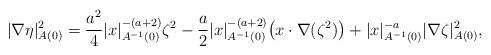
LaTeX: \begin{align*}|\nabla \eta|^2_{A(0)} = \frac{a^2}{4} |x|_{A^{-1}(0)}^{-(a+2)} \zeta^2- \frac{a}{2} |x|_{A^{-1}(0)}^{-(a+2)} \big(x \cdot \nabla(\zeta^2) \big)+ |x|_{A^{-1}(0)}^{-a} |\nabla \zeta|^2_{A(0)},\end{align*}